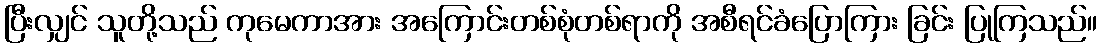
ပြီးလျှင် သူတို့သည် ကုမေကာအား အကြောင်းတစ်စုံတစ်ရာကို အစီရင်ခံပြောကြား ခြင်း ပြုကြသည်။